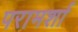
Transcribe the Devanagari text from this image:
परामर्शा